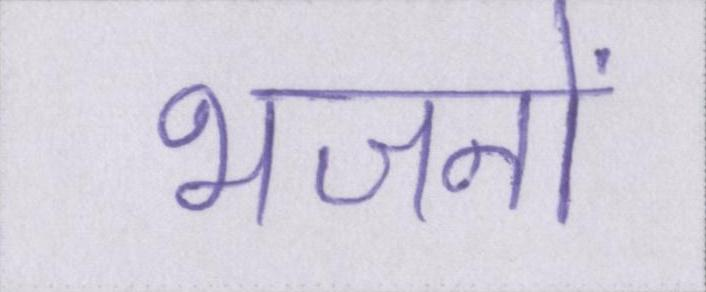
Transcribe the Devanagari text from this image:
भजनों